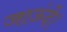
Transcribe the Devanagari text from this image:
जाऊंदे।